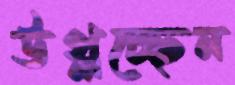
উথ্‌লচ্ছেন